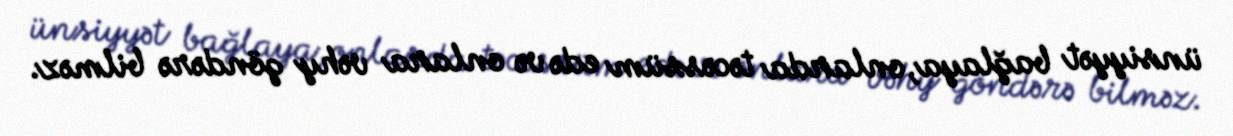
ünsiyyət bağlaya, onlarda təcəssüm edə və onlara vəhy göndərə bilməz.